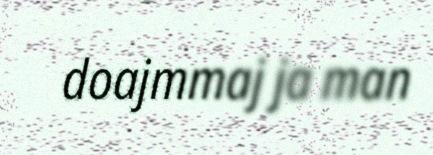
doajmmaj ja man